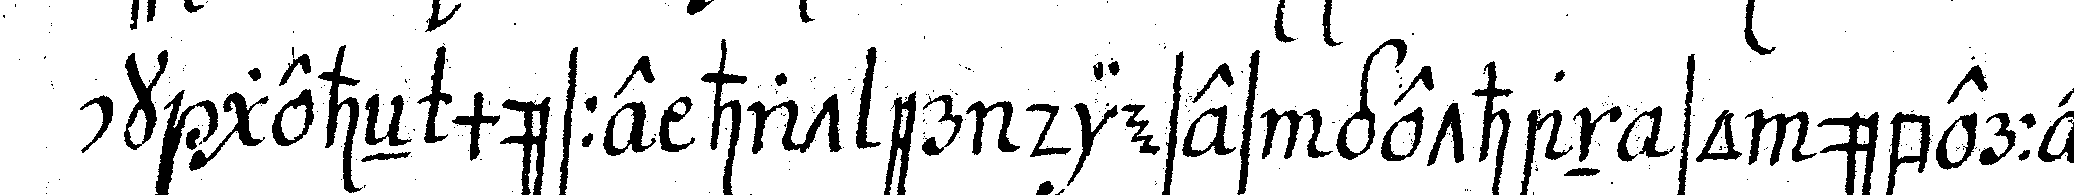
ck geheN müsse hat er dieses gethan so überrei